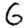
Digit: 6